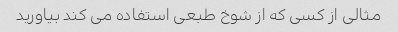
مثالی از کسی که از شوخ طبعی استفاده می کند بیاورید